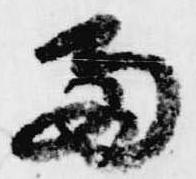
両